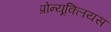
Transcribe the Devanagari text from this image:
प्रोन्यूक्लियस